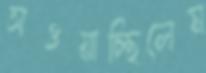
সওয়াচ্ছিলেম